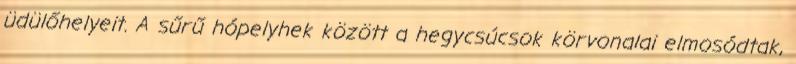
üdülőhelyeit. A sűrű hópelyhek között a hegycsúcsok körvonalai elmosódtak,